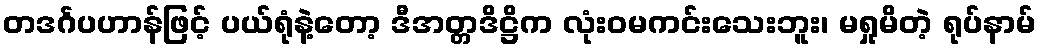
တဒင်္ဂပဟာန်ဖြင့် ပယ်ရုံနဲ့တော့ ဒီအတ္တဒိဋ္ဌိက လုံးဝမကင်းသေးဘူး၊ မရှုမိတဲ့ ရုပ်နာမ်